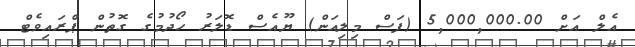
އެލް އަށް 5